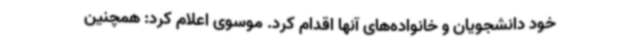
خود دانشجویان و خانواده‌های آنها اقدام کرد. موسوی اعلام کرد: همچنین